Annual report of the Punjab Veterinary College and of the Civil Veterinary Department, Punjab - 1920-1925
Year: 1920
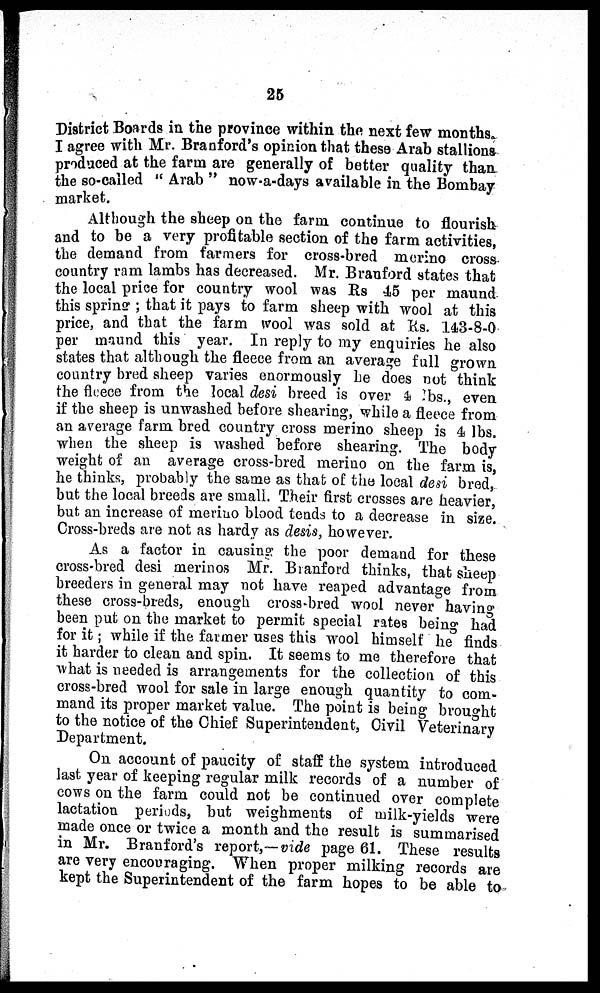
25
District Boards in the province within the next few months.
I agree with Mr. Branford's opinion that these Arab stallions
produced at the farm are generally of better quality than
the so-called "Arab" now-a-days available in the Bombay
market.
Although the sheep on the farm continue to flourish
and to be a very profitable section of the farm activities,
the demand from farmers for cross-bred merino cross
country ram lambs has decreased. Mr. Branford states that
the local price for country wool was Rs 45 per maund
this spring; that it pays to farm sheep with wool at this
price, and that the farm wool was sold at Rs. 143-8-0
per maund this year. In reply to my enquiries he also
states that although the fleece from an average full grown
country bred sheep varies enormously he does not think
the fleece from the local desi breed is over 4 lbs., even
if the sheep is unwashed before shearing, while a fleece from
an average farm bred country cross merino sheep is 4 lbs.
when the sheep is washed before shearing. The body
weight of an average cross-bred merino on the farm is,
he thinks, probably the same as that of the local desi bred,
but the local breeds are small. Their first crosses are heavier,
but an increase of merino blood tends to a decrease in size.
Cross-breds are not as hardy as desis, however.
As a factor in causing the poor demand for these
cross-bred desi merinos Mr. Branford thinks, that sheep
breeders in general may not have reaped advantage from
these cross-breds, enough cross-bred wool never having
been put on the market to permit special rates being had
for it; while if the farmer uses this wool himself he finds
it harder to clean and spin. It seems to me therefore that
what is needed is arrangements for the collection of this
cross-bred wool for sale in large enough quantity to com-
mand its proper market value. The point is being brought
to the notice of the Chief Superintendent, Civil Veterinary
Department.
On account of paucity of staff the system introduced
last year of keeping regular milk records of a number of
cows on the farm could not be continued over complete
lactation periods, but weighments of milk-yields were
made once or twice a month and the result is summarised
in Mr. Branford's report,—vide page 61. These results
are very encouraging. When proper milking records are
kept the Superintendent of the farm hopes to be able to